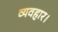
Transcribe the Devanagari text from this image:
व्‍यवहार।